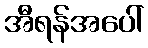
အီရန်အပေါ်